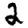
Digit: 2